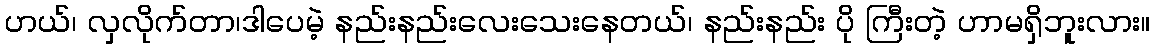
ဟယ်၊ လှလိုက်တာ၊ဒါပေမဲ့ နည်းနည်းလေးသေးနေတယ်၊ နည်းနည်း ပို ကြီးတဲ့ ဟာမရှိဘူးလား။